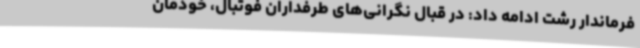
فرماندار رشت ادامه داد: در قبال نگرانی‌های طرفداران فوتبال، خودمان